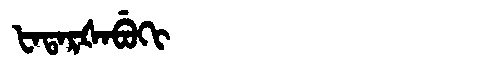
Manchu: ᡶᠠᡨᠠᡵᡧᠠᠪᡠᡴᡳ
Romanization: FATARŠABUKI